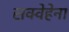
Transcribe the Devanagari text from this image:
सक्वेहेना